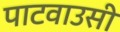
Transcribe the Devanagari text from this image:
पाटवाउसी